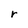
Character: r